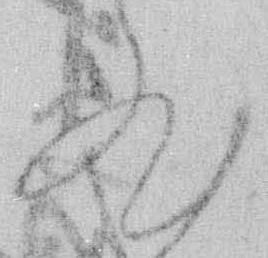
然